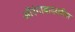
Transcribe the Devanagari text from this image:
औरंगाबादवरील